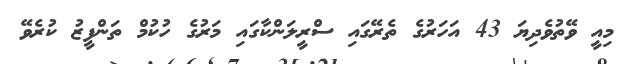
މިއީ ވޭތުވެދިޔަ 43 އަހަރުގެ ތެރޭގައި ސްރީލަންކާގައި މަރުގެ ހުކުމް ތަންފީޒު ކުރެވޭ